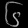
Digit: ၆